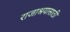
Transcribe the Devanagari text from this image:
राजाश्रयासाठी